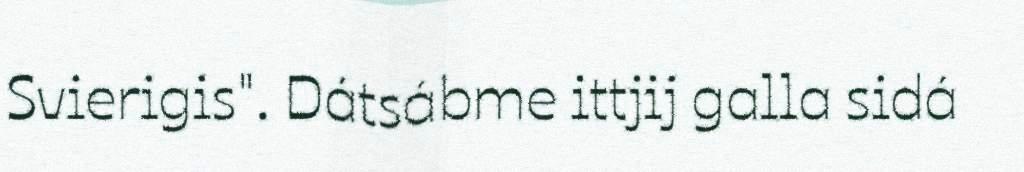
Svierigis". Dátsábme ittjij galla sidá